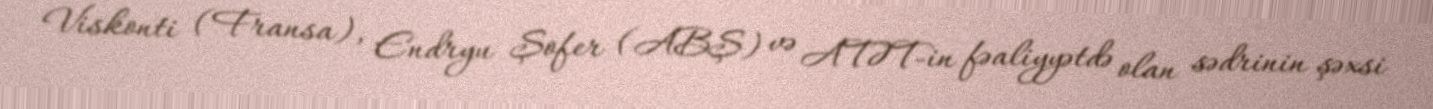
Viskonti (Fransa), Endryu Şofer (ABŞ) və ATƏT-in fəaliyyətdə olan sədrinin şəxsi